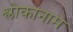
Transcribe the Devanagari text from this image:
श्लोकानाम